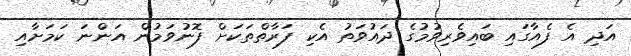
އަދި އެ ފެއާގައި ބައިވެރިވުމުގެ ދައުވަތު އެކި ފަރާތްތަކަށް ފޮނުވަމުން އަންނަ ކަމަށާއި